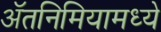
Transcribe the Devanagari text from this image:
ॲतनिमियामध्ये